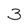
Character: 3